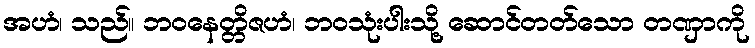
အဟံ၊ သည်။ ဘဝနေတ္တိဇဟံ၊ ဘဝသုံးပါးသို့ ဆောင်တတ်သော တဏှာကို